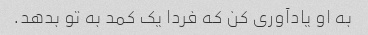
به او یادآوری کن که فردا یک کمد به تو بدهد.